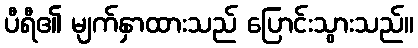
ပီရီ၏ မျက်နှာထားသည် ပြောင်းသွားသည်။